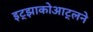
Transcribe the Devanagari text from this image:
इट्झाकोआट्लने